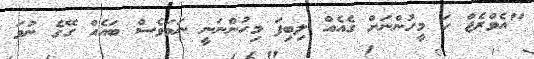
"އެވްރެޖް ހަ މީހުންނަށް ގެއެއް ލިބިފަ މިހުންނަނީ ނަމަވެސް ބައެއް ގޭގެ ނުވަ